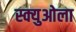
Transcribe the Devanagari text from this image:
स्क्युओला